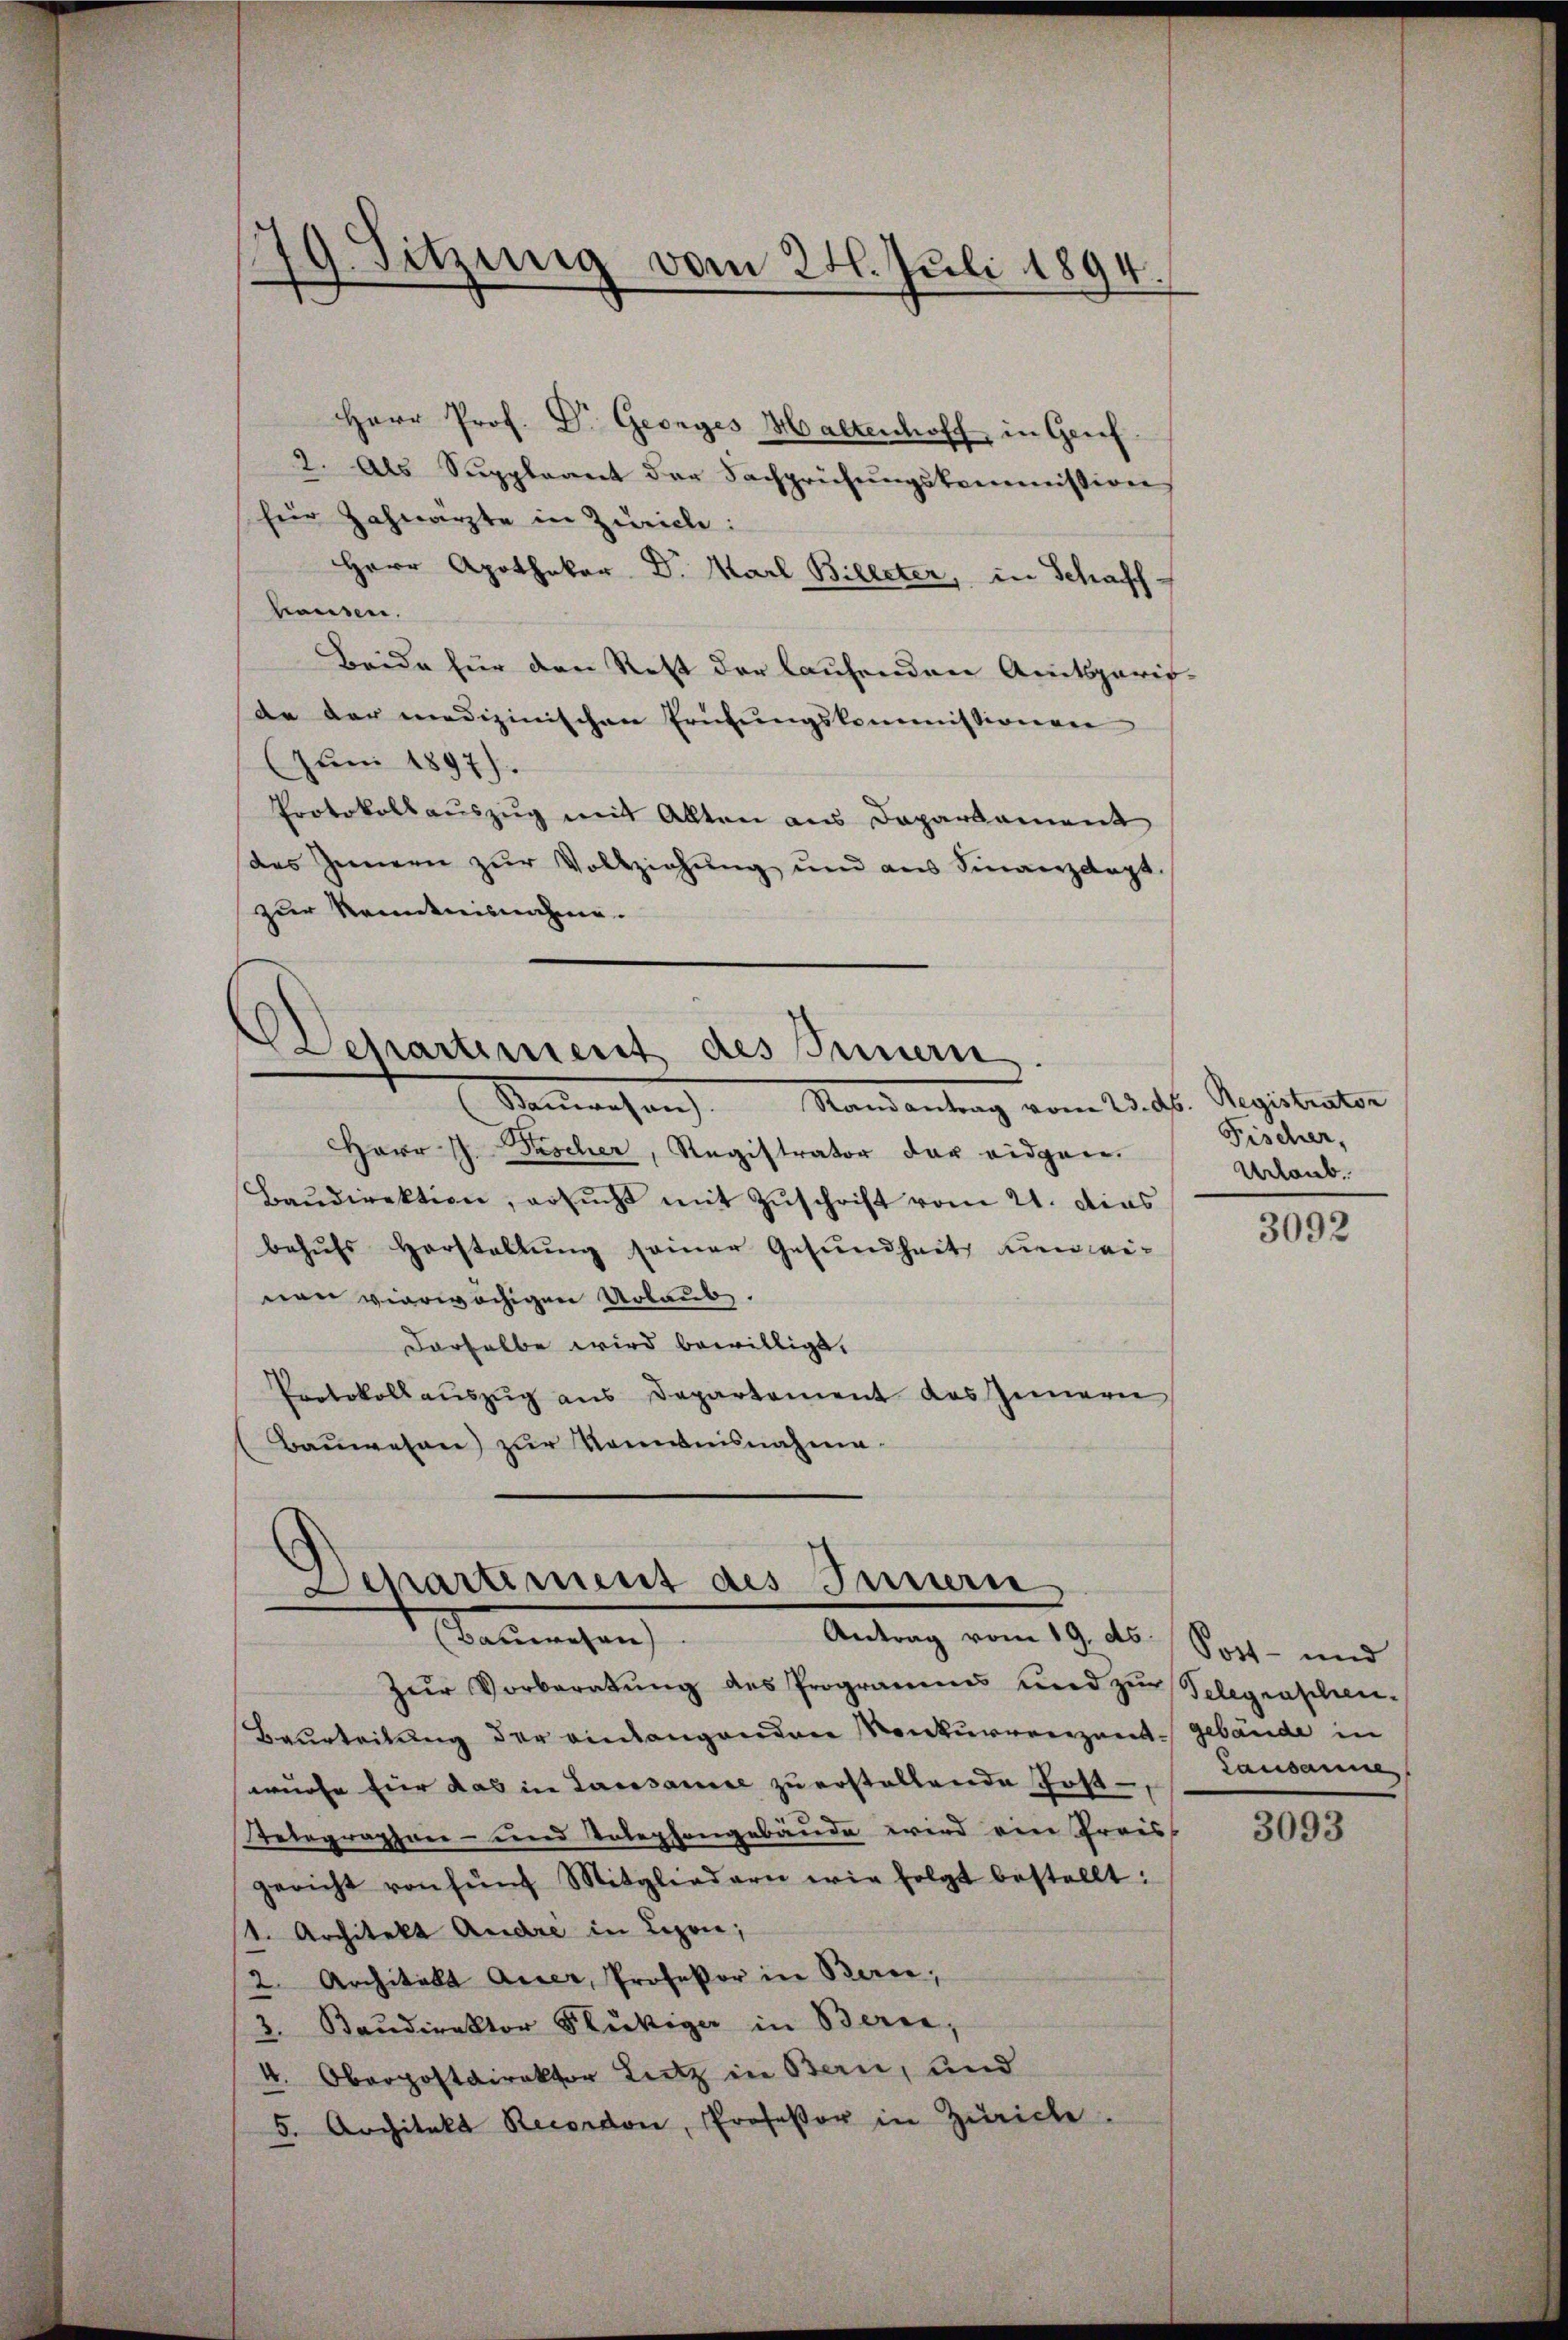
Herr Prof. Dr. Georges Haltenhoff, in Genf.
2. Als Suppleant der Fachprüfungskommission
für Zahnarzte in Zürich:
Herr Apothekar Dr. Marl Billeter, in Schaffhausen.
Beide für den Rest der laufenden Amtsparif-
de der medizinischen Erütungskommissionen
Juni 1897).
Protokollauszug mit Allten aus Daparkament
des Innern zŭr Vollziehŭng und aus Finanzdapt
zur Kenntnisnahme.

Sanwesen Mandantrag vom 25. d. Registrator
Herr J. Pascher, Registrator der eidgen.
Baŭdirektion, ersŭcht mit Zŭschrift vom 21. dies
behŭfs Herstellung seiner Gesundheit ein eivon vierwächigen Urlaub.
Derselbe wird bewilligt.
Protokoll auszug aus Departement des Innern
Bauwesen) zur Nominisnahme.

79. Sitzung vom 24. Juli 1894.

Departement des Innern.

Departement des Innern
Manchen
Antrag vom 19. ds Sost- und

Zŭr Vorberatŭng des Programms und zur Telegraschen¬
Beurteilung der einlangenden Konkurrenzent gebäude in
würfe für das in Lassance zu erstellende Post¬
Telegraphen- und Telephongebäude wird ein Preiss
gericht von fünf Mitgliedern wie folgt bestellt:
1. Architekt Andre in Lizen,
2. Architekt Auer, Professor in Berce,
3. Baŭdirektor Flukiga in Berne,
4. Oberpostdirektor Lutz in Bern, und
5. Architekt Recordon, Professor in Zürich

Fischer,
Urlaub.

3092

Lausanne,

3093